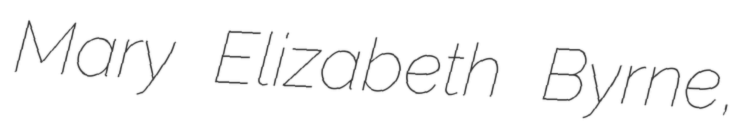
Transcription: Mary Elizabeth Byrne,